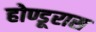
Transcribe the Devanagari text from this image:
होण्डूरास